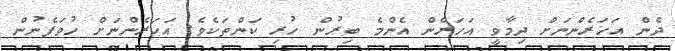
ދެން އަހަރެންނަށް ދިމާވީ އަހަރެން އެންމެ ބިރުން ހުރި ކަންތަކެވެ. އަހަރެންނަށް ހުވަފެނުން